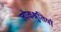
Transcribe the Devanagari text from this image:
लोकश्रुतियाँ